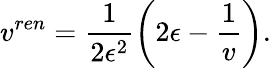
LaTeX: v^{ren}=\frac{1}{2\epsilon^{2}}\left(2\epsilon-\frac{1}{v}\right).